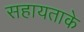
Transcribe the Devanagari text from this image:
सहायताके